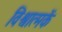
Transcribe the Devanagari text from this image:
विश्वात्मकें